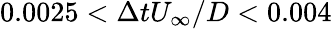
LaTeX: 0.0025<\Delta tU_{\infty}/D<0.004